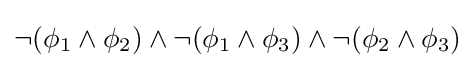
\lnot (\phi _{1}\land \phi _{2})\land \lnot (\phi _{1}\land \phi _{3})\land \lnot (\phi _{2}\land \phi _{3})